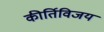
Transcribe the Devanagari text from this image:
कीर्तिविजय